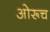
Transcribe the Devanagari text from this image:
ओरूच